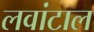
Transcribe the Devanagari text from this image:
लवांटाल